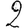
Digit: 2